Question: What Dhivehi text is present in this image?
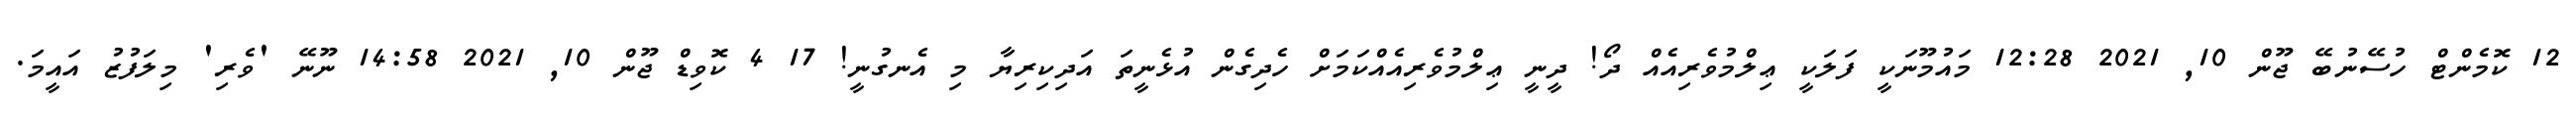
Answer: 12 ކޮމެންޓް ހުސޭނުބޭ ޖޫން 10, 2021 12:28 މައުމޫނަކީ ފަލަކީ ޢިލްމުވެރިއެއް ދޯ! ދީނީ ޢިލްމުވެރިއެއްކަމަށް ހެދިގެން އުޅެނީތަ އަދިކިރިޔާ މި އެނގުނީ! 17 4 ކޮވިޑް ޖޫން 10, 2021 14:58 ނޫނޭ 'ވެރި' މިލަފުޒު އައީމަ.